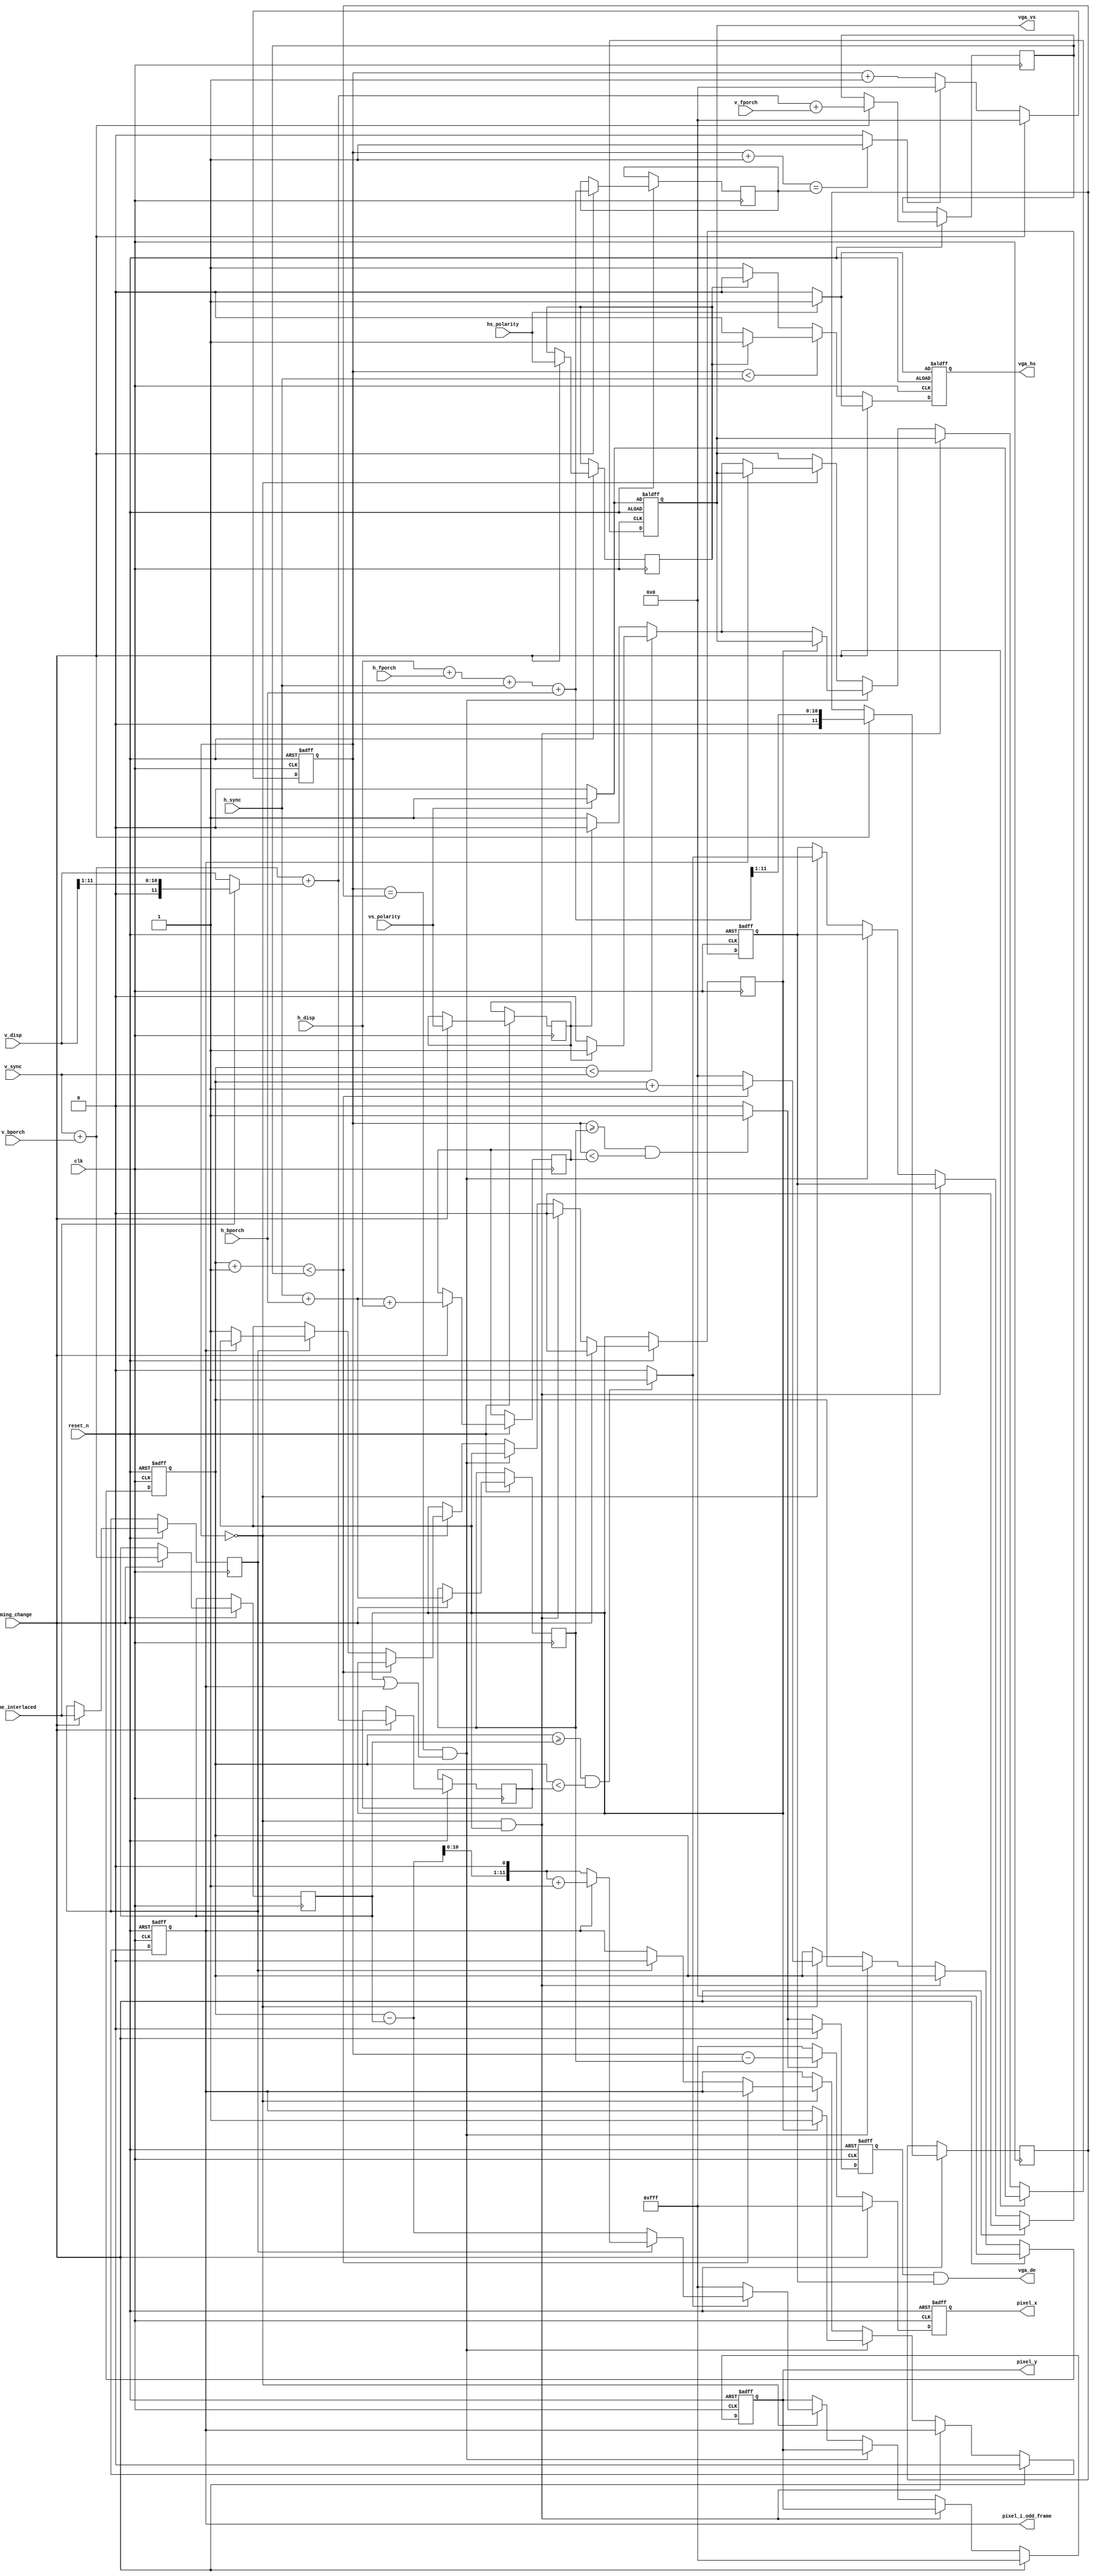
module vga_time_generator(

           clk,
           reset_n,
           timing_change,

           h_disp,
           h_fporch,
           h_sync,
           h_bporch,

           v_disp,
           v_fporch,
           v_sync,
           v_bporch,

           hs_polarity,
           vs_polarity,
           frame_interlaced,

           vga_hs,
           vga_vs,
           vga_de,

           pixel_i_odd_frame,
           pixel_x,
           pixel_y


);

////////////////////////////////////////////////
/////// Port Declare
////////////////////////////////////////////////
input           clk;
input           reset_n;
input            timing_change;

input [11:0]    h_disp;
input [11:0]    h_fporch;
input [11:0]    h_sync;
input [11:0]    h_bporch;

input [11:0]    v_disp;
input [11:0]    v_fporch;
input [11:0]    v_sync;
input [11:0]    v_bporch;

input            hs_polarity;
input            vs_polarity;
input            frame_interlaced;

output  reg        vga_hs;
output  reg        vga_vs;
output          vga_de;

output    reg        pixel_i_odd_frame;
output  reg    [11:0]    pixel_x;
output  reg    [11:0]    pixel_y;




////////////////////////////////////////////////
///////h sync////////
////////////////////////////////////////////////
//h total sum//
reg [11:0]    h_total;
reg [11:0]    h_total_half;
reg [11:0]    h_pixel_start;
reg [11:0]    h_pixel_end;
reg              h_sync_polarity;
reg            vga_h_de;

wire h_de;
wire [11:0] h_valid_pixel_count;
wire h_last_pixel/*synthesis keep*/;
assign h_de = (h_counter >= h_pixel_start && h_counter < h_pixel_end)?1'b1:1'b0;
assign h_valid_pixel_count = h_counter - h_pixel_start;
assign h_last_pixel = (h_counter+1 == h_total)?1'b1:1'b0;


//h counter gen //
reg [11:0]h_counter/*synthesis keep*/;

//    H_Sync, H_Blank Generator,
always @(posedge clk or negedge reset_n)
begin
    if (!reset_n)
    begin
        h_counter <= 12'h000;
        vga_hs <= hs_polarity?1'b1:1'b0;
        vga_h_de <= 1'b0;
        pixel_x <= 12'hfff;
    end
    else if (timing_change)
    begin
        h_total <= h_disp+h_fporch+h_sync+h_bporch;
        h_total_half <= (h_disp+h_fporch+h_sync+h_bporch ) >> 1;
        h_pixel_start <= h_sync+h_bporch;
        h_pixel_end <= h_sync+h_bporch+h_disp;
        h_sync_polarity <= hs_polarity;
        //
        h_counter <= 12'h000;
        vga_hs <= hs_polarity?1'b1:1'b0;
        vga_h_de <= 1'b0;
        pixel_x <= 12'hfff;
    end
    else
    begin
        // h_counter
        if (!h_last_pixel)
            h_counter <= h_counter+1'b1;
        else
            h_counter <= 0;

        // h sync generator
        if (h_counter < h_sync)
            vga_hs <= h_sync_polarity?1'b1:1'b0;
        else
            vga_hs <= h_sync_polarity?1'b0:1'b1;

        // de
        pixel_x <= (h_de)?h_valid_pixel_count:12'hfff;
        vga_h_de <= h_de;

    end
end


////////////////////////////////////////////////
/////v sync/////
////////////////////////////////////////////////
//v total sum//
reg vga_v_de;
reg [11:0]v_total;
reg [11:0]v_pixel_start;
reg [11:0]v_pixel_end;
reg          v_sync_polarity;
reg          v_interlaced;
reg            gen_field1_sync;
reg          f0_to_f1;

wire [11:0] v_field_total;
wire [11:0] v_field_disp;
wire [11:0] v_valid_line_count;
wire v_de;
assign v_de = (v_counter >= v_pixel_start && v_counter < v_pixel_end)?1'b1:1'b0;
assign v_valid_line_count = v_counter - v_pixel_start;
assign v_field_disp = (frame_interlaced)?(v_disp >> 1):v_disp;
assign v_field_total = v_sync+v_bporch+v_field_disp+v_fporch;

//v counter gen
reg [11:0]v_counter/*synthesis keep*/;

//    H_Sync, H_Blank Generator,
always @(posedge clk or negedge reset_n)
begin
    if (!reset_n)
    begin
        v_counter <= 12'h000;
        vga_vs <= vs_polarity?1'b1:1'b0;
        vga_v_de <= 1'b0;
        pixel_y <= 12'hfff;
        pixel_i_odd_frame <= 1'b0;
    end
    else if (timing_change)
    begin
        v_pixel_start <= v_sync+v_bporch;
        v_pixel_end <= v_sync+v_bporch+v_field_disp;
        v_total <= v_field_total;// + frame_interlaced;
        v_sync_polarity <= vs_polarity;
        v_interlaced <= frame_interlaced;
        f0_to_f1 <= 1'b0;
        //
        v_counter <= 12'h000;
        vga_vs <= vs_polarity?1'b1:1'b0;
        vga_v_de <= 1'b0;
        pixel_y <= 12'hfff;
        pixel_i_odd_frame <= 1'b0;
    end
    else if (h_counter == 0 && f0_to_f1)
        f0_to_f1 <= 1'b0;  // line between field0 and filed1
    else if (h_counter == h_total_half && (f0_to_f1 || pixel_i_odd_frame))
    begin   // generate sync for filed1
        // v sync generator
        if (f0_to_f1)
            pixel_i_odd_frame <= 1'b1;
        else
        begin
            if (v_counter < v_sync)  // v_counter, 0,1,2,3....
                vga_vs <= v_sync_polarity?1'b1:1'b0;
            else
                vga_vs <= v_sync_polarity?1'b0:1'b1;
        end
    end
    else if (h_counter == 0)
    begin
        // v_counter
        if (v_counter+1  < v_total)
            v_counter <= v_counter+1'b1;
        else
        begin
            v_counter <= 0;
            //
            if (v_interlaced)
            begin
                if (pixel_i_odd_frame)
                    pixel_i_odd_frame <= 1'b0;
                else
                    f0_to_f1 <= 1'b1;
            end
        end

        // v sync generator
        if (!pixel_i_odd_frame)
        begin
            if (v_counter < v_sync)
                vga_vs <= v_sync_polarity?1'b1:1'b0;
            else
                vga_vs <= v_sync_polarity?1'b0:1'b1;
        end

        // blank
        vga_v_de <= v_de;
        if (!v_de)
            pixel_y <= 12'hfff;
        else if (!v_interlaced)
            pixel_y <= v_valid_line_count;
        else if (pixel_i_odd_frame)
            pixel_y <= (v_valid_line_count << 1) + 1;  // odd frame, 1, 3, 5, ...
        else
            pixel_y <= v_valid_line_count << 1;  // even frame, 0, 2, 4, ...

    end
end

//sync timing output//


assign vga_de = vga_h_de & vga_v_de;


endmodule